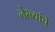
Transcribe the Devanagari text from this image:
लेख्यांचे